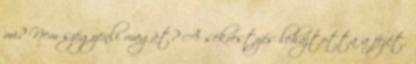
mi? Nem szégyenli magát? A sekrestyés lehajtotta a fejét.